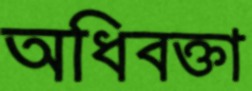
অধিবক্তা